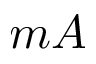
m A